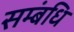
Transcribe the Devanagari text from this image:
सम्बंधि